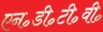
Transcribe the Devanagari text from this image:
एन॰डी॰टी॰वी॰